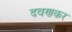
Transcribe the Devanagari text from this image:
दवणकर